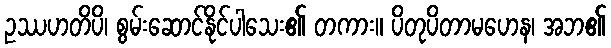
ဥဿဟတိပိ၊ စွမ်းဆောင်နိုင်ပါသေး၏ တကား။ ပိတုပိတာမဟေန၊ အဘ၏